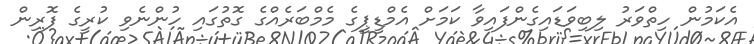
އެކަމުން ހިތްވަރު ލިބިވަޑައިގެންފައިވާ ކަމަށް އެމްޑީޕީގެ މެމްބަރެއްގެ ގޮތުގައި ހުންނެވި ކުރީގެ ފޮރިން